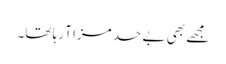
مجھے بھی بے حد مزا آ رہا تھا۔